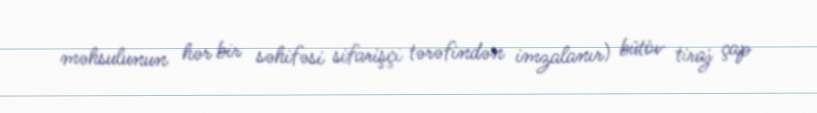
məhsulunun hər bir səhifəsi sifarişçi tərəfindən imzalanır) bütöv tiraj çap